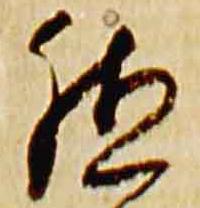
殖